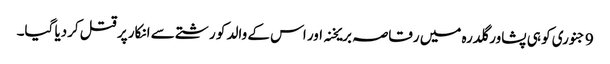
9 جنوری کو ہی پشاور گلدرہ میں رقاصہ بریخنہ اور اس کے والد کو رشتے سے انکار پر قتل کردیا گیا۔